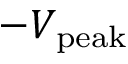
- V _ { \mathrm { p e a k } }